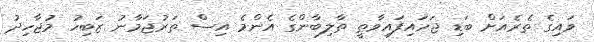
ވައިގެ ތެރެއަށް ބަޑި ޖަހައިފައިވާތީ ތާލިބާންގެ އެންމެ އިސް ތަރުޖަމާނު ޒަބިހު މުޖާހިދު